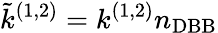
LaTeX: \tilde{k}^{(1,2)}=k^{(1,2)}n_{\mathrm{DBB}}